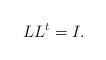
LaTeX: \begin{align*}LL^t=I.\end{align*}